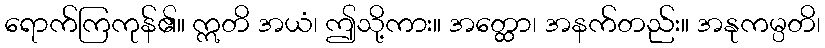
ရောက်ကြကုန်၏။ ဣတိ အယံ၊ ဤသို့ကား။ အတ္ထော၊ အနက်တည်း။ အနုကမ္ပတိ၊